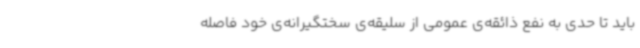
باید تا حدی به نفع ذائقه‌ی عمومی از سلیقه‌ی سختگیرانه‌ی خود فاصله